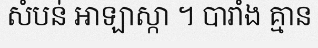
សំបន់ អាឡាស្កា ។ បារាំង គ្មាន